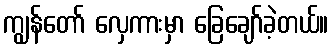
ကျွန်တော် လှေကားမှာ ခြေချော်ခဲ့တယ်။